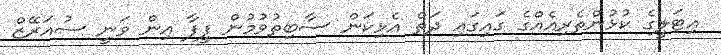
އިޓަލީގެ ކުޅުންތެރިއެއްގެ ގައިގައި ދަތް އެޅިކަން ސާބިތުވުމުން ފީފާ އިން ވަނީ ސުއަރޭޒް